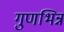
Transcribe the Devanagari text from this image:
गुणभिन्न